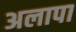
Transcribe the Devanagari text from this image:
अलापा